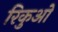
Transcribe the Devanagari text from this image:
रिकुओ